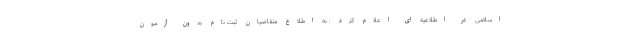
اسلامی در اطلاعیه ای اعلام کرد : به اطلاع متقاضیان ثبت نام بدون آزمون